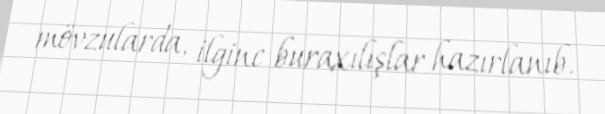
mövzularda, ilginc buraxılışlar hazırlanıb.